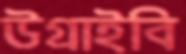
উগ্‌রাইবি